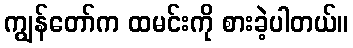
ကျွန်တော်က ထမင်းကို စားခဲ့ပါတယ်။